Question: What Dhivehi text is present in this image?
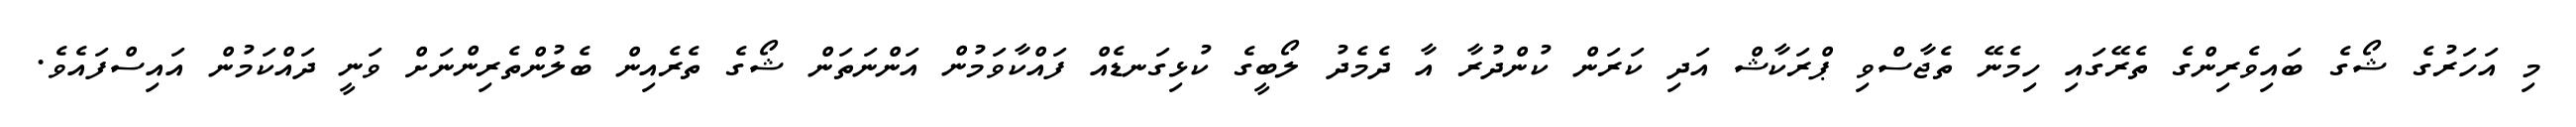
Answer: މި އަހަރުގެ ޝޯގެ ބައިވެރިންގެ ތެރޭގައި ހިމެނޭ ތެޖާސްވި ޕްރަކާޝް އަދި ކަރަން ކުންދުރާ އާ ދެމެދު ލޯބީގެ ކުޅިގަނޑެއް ފައްކާވަމުން އަންނަތަން ޝޯގެ ތެރެއިން ބެލުންތެރިންނަށް ވަނީ ދައްކަމުން އައިސްފައެވެ.